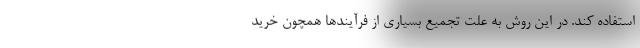
استفاده کند. در این روش به علت تجمیع بسیاری از فرآیندها همچون خرید